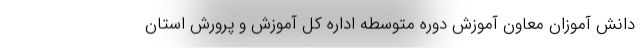
دانش آموزان معاون آموزش دوره متوسطه اداره کل آموزش و پرورش استان